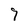
Character: 7